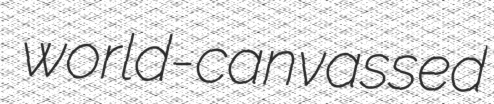
world-canvassed